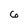
Character: 6